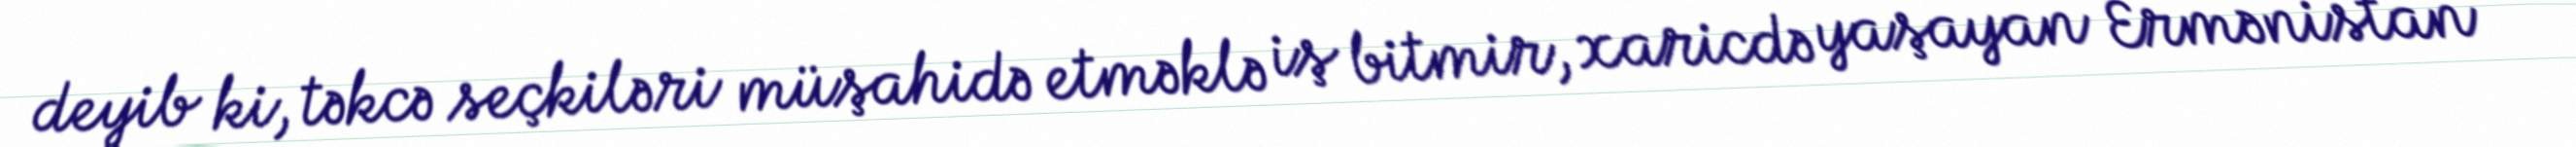
deyib ki, təkcə seçkiləri müşahidə etməklə iş bitmir, xaricdə yaşayan Ermənistan